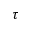
\tau